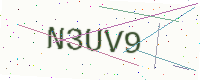
Text: N3UV9